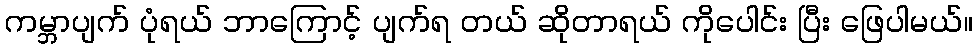
ကမ္ဘာပျက် ပုံရယ် ဘာကြောင့် ပျက်ရ တယ် ဆိုတာရယ် ကိုပေါင်း ပြီး ဖြေပါမယ်။